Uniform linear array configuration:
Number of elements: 24
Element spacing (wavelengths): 0.25
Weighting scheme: blackman
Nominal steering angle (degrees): -30
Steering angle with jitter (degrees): -29.06
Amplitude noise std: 0.05
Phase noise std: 0.05

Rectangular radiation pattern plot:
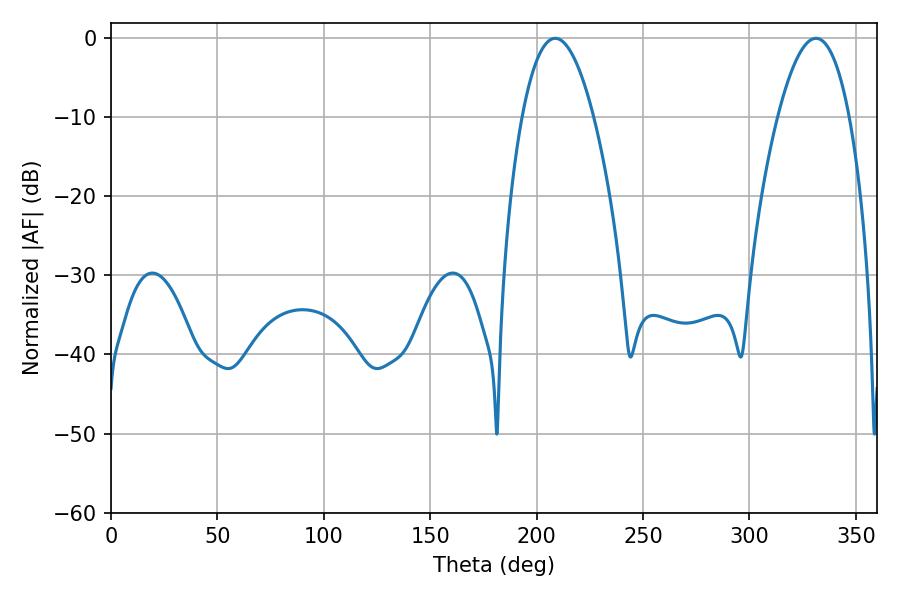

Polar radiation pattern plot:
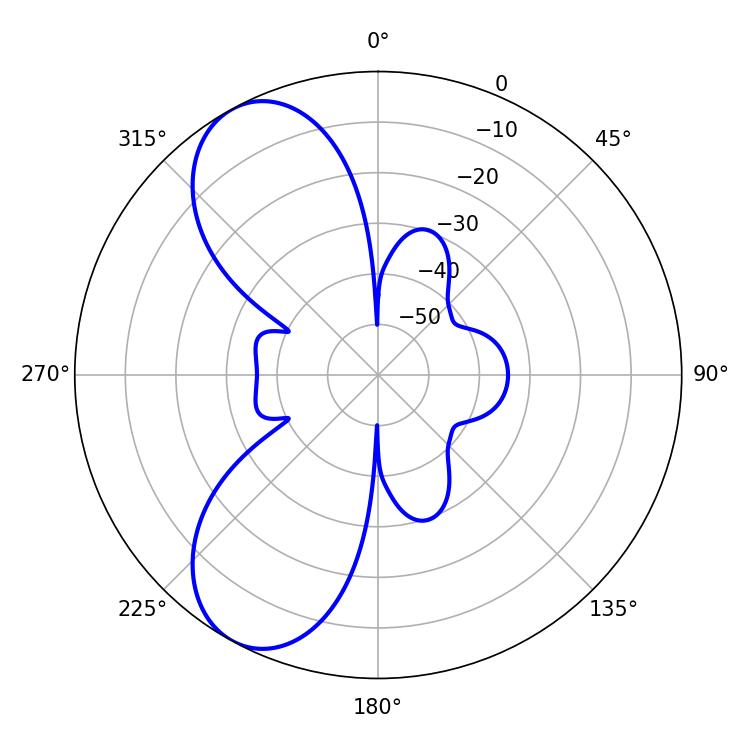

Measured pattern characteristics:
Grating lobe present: FALSE
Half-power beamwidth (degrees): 18.54
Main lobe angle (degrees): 331.2